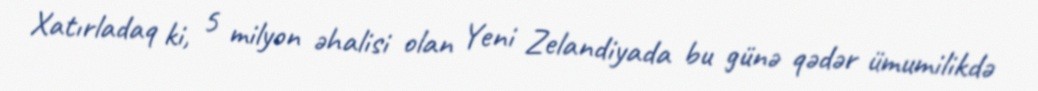
Xatırladaq ki, 5 milyon əhalisi olan Yeni Zelandiyada bu günə qədər ümumilikdə